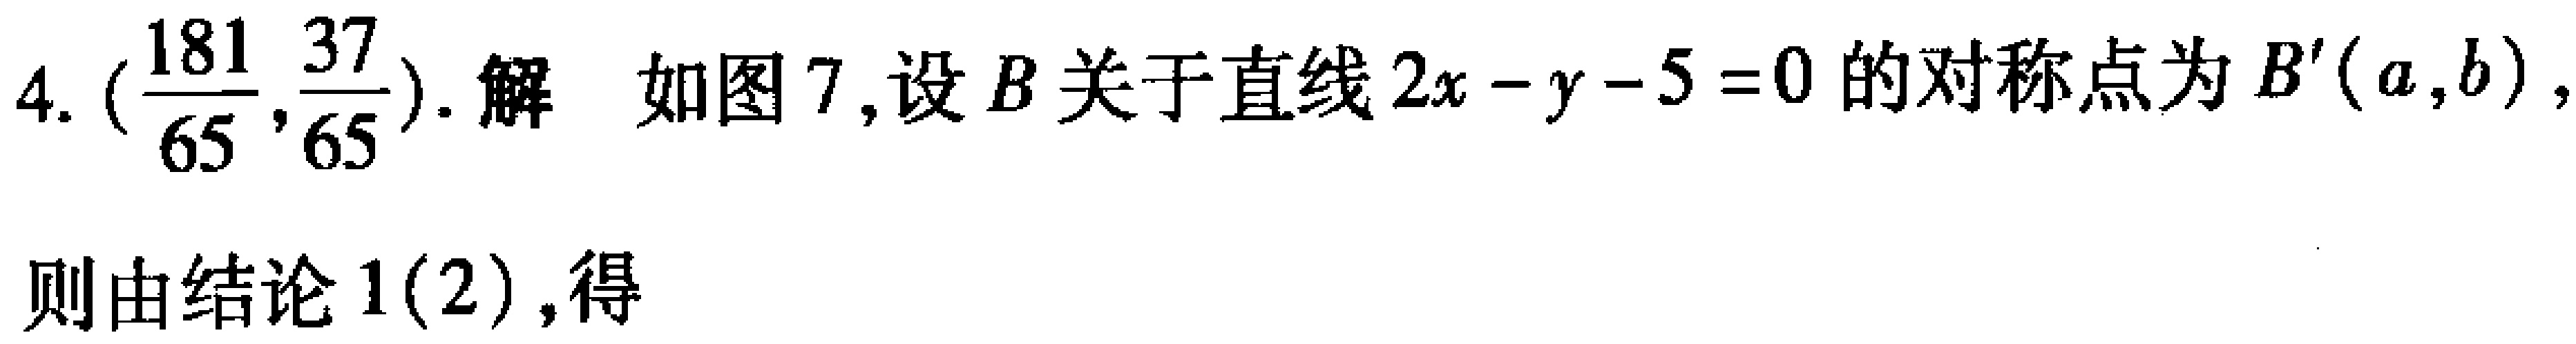
4. $\left(\frac{181}{65},\frac{37}{65}\right)$. 解 如图7,设$B$关于直线$2x - y - 5 = 0$的对称点为$B'(a,b)$,则由结论1(2),得